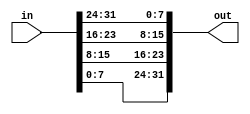
module top_module(
    input [31:0] in,
    output [31:0] out );
    assign out = {in[7:0],in[15:8],in[23:16],in[31:24]};
endmodule